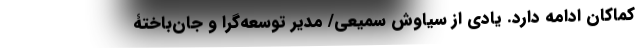
کماکان ادامه دارد. یادی از سیاوش سمیعی/ مدیر توسعه‌گرا و جان‌باختۀ